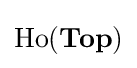
{\text{Ho}}({\textbf {Top}})